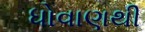
ધોવાણથી